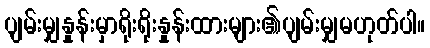
ပျမ်းမျှနှုန်းမှာရိုးရိုးနှုန်းထားများ၏ပျမ်းမျှမဟုတ်ပါ။